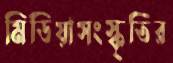
মিডিয়াসংস্কৃতির